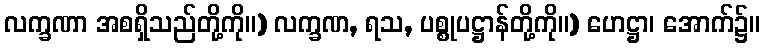
လက္ခဏာ အစရှိသည်တို့ကို။) လက္ခဏ, ရသ, ပစ္စုပဋ္ဌာန်တို့ကို။) ဟေဋ္ဌာ၊ အောက်၌။